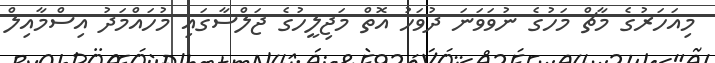
މިއަހަރުގެ މާޗް މަހުގެ ނުވަވަަނަ ދުވަހު އޮތް މަޖިލީހުގެ ޖަލްސާގައި މުހައްމަދު އިސްމާއިލް